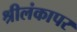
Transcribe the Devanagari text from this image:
श्रीलंकापर